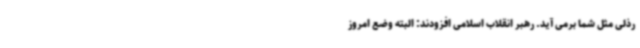
رذلی مثل شما برمی آید. رهبر انقلاب اسلامی افزودند: البته وضع امروز